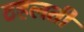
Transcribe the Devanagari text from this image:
टहलती